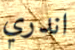
اندري